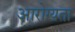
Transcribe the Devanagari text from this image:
आरोग्‍यता